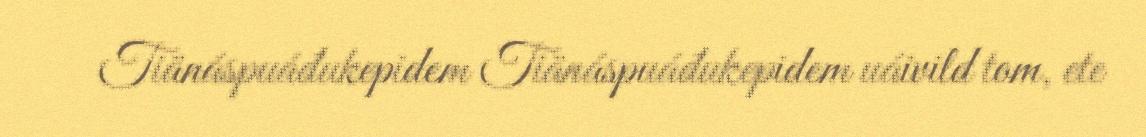
Tiänáspuáđukepidem Tiänáspuáđukepidem uáivild tom, ete